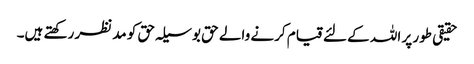
حقیقی طور پر اللہ کے لئے قیام کرنے والے حق بوسیلہ حق کو مدنظر رکھتے ہیں۔